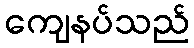
ကျေနပ်သည်